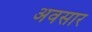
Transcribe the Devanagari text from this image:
अवसार